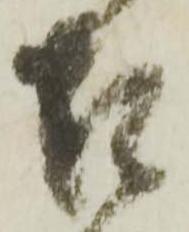
召